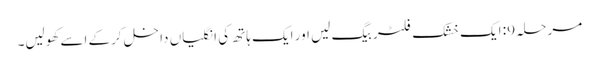
مرحلہ 9: ایک خشک فلٹر بیگ لیں اور ایک ہاتھ کی انگلیاں داخل کرکے اسے کھولیں۔